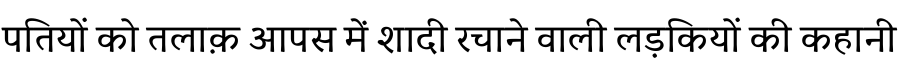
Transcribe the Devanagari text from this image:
पतियों को तलाक़ आपस में शादी रचाने वाली लड़कियों की कहानी